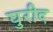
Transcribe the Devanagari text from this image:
घुरीद